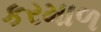
કરમાળ